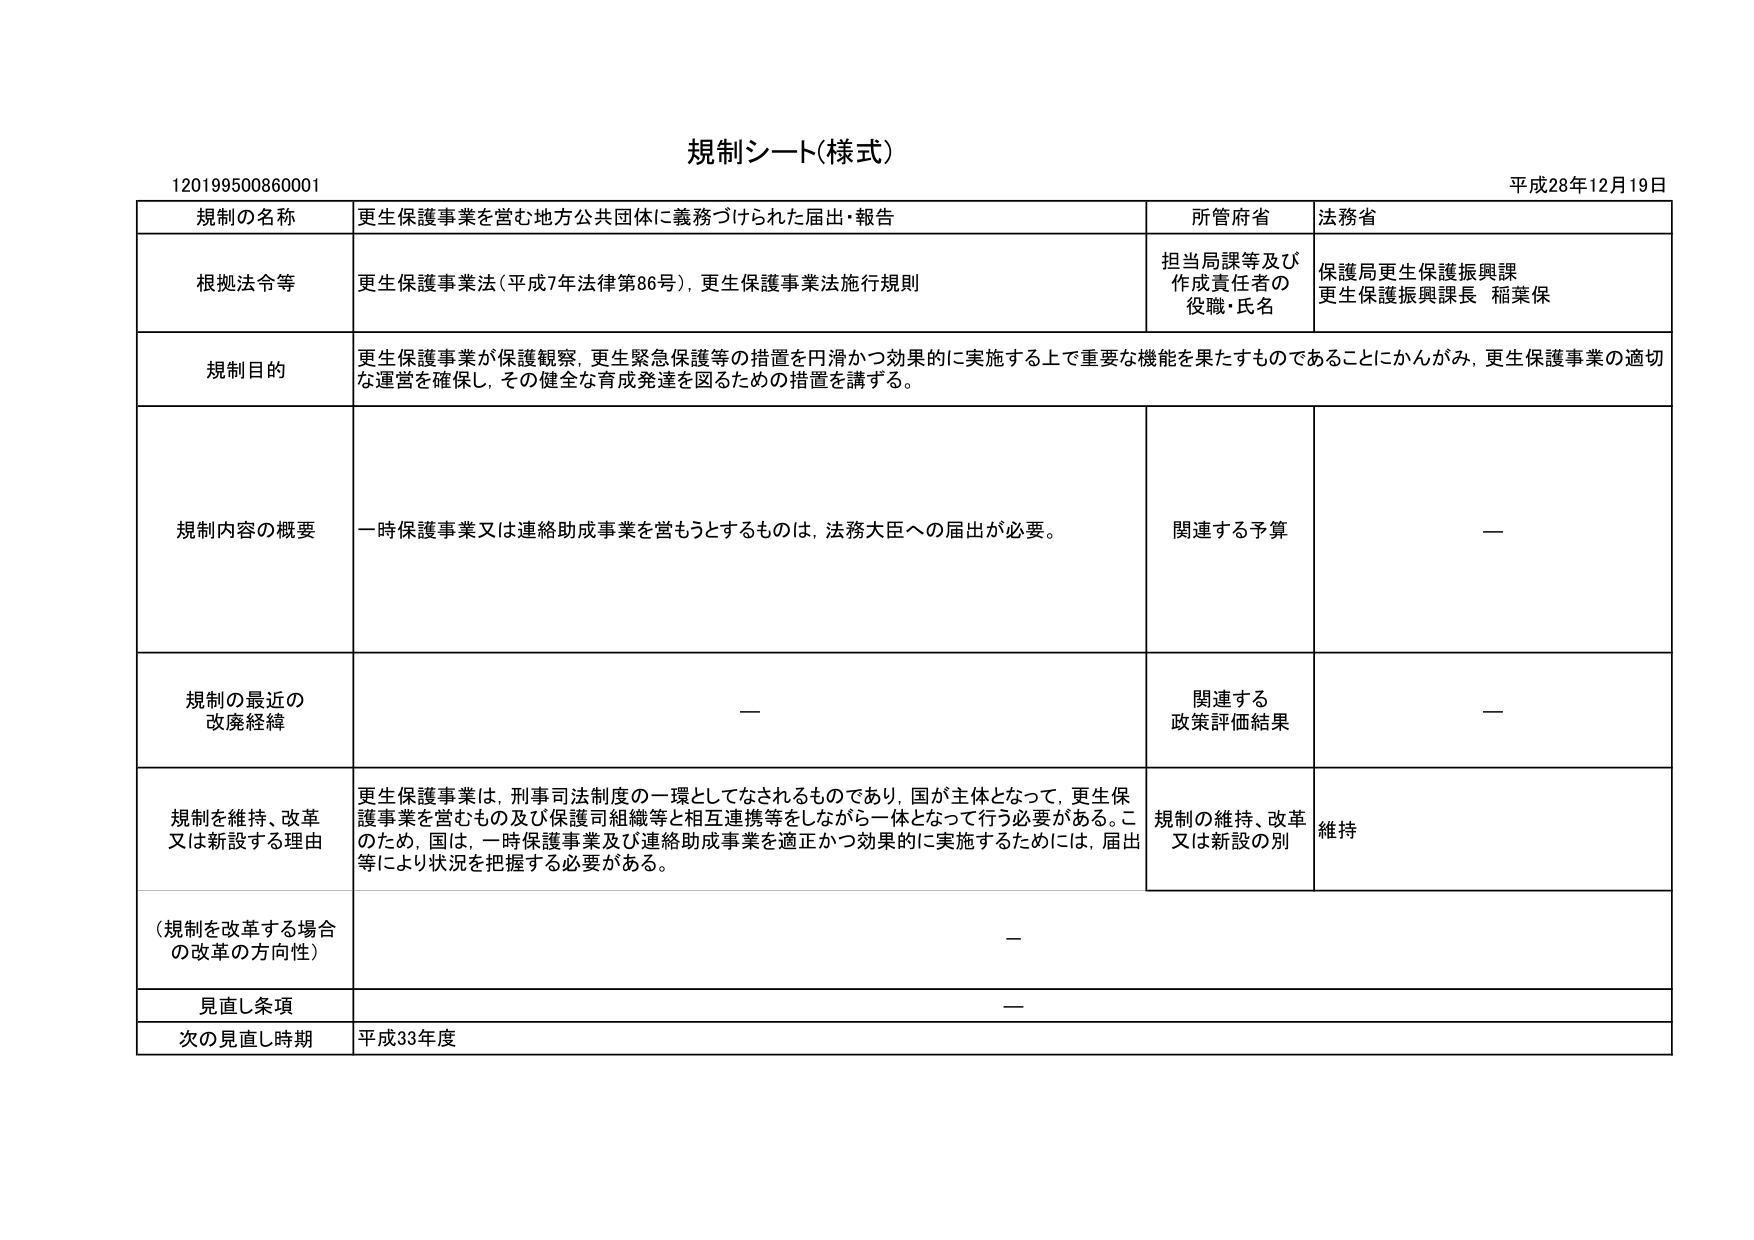
規制シート(様式)
平成28年12月19日
120199500860001

規制の名称　更生保護事業を営む地方公共団体に義務づけられた届出・報告
所管府省　法務省

根拠法令等　更生保護事業法(平成7年法律第86号), 更生保護事業法施行規則
担当局課等及び作成責任者の役職・氏名　保護局更生保護振興課
更生保護振興課長 稲葉保

規制目的　更生保護事業が保護観察, 更生緊急保護等の措置を円滑かつ効果的に実施する上で重要な機能を果たすものであることかんがみ, 更生保護事業の適切な運営を確保し, その健全な育成発達を図るための措置を講ずる。

規制内容の概要　一時保護事業又は連絡助成事業を営もうとするものは, 法務大臣への届出が必要。
関連する予算　—

規制の最近の改廃経緯　—
関連する政策評価結果　—

規制を維持、改革又は新設する理由　更生保護事業は, 刑事司法制度の一環としてなされるものであり, 国が主体となって, 更生保護事業を営むもの及び保護司組織等と相互連携等をしながら一体となって行う必要がある。このため, 国は, 一時保護事業及び連絡助成事業を適正かつ効果的に実施するためには, 届出等により状況を把握する必要がある。
規制の維持、改革又は新設の別　維持

(規制を改革する場合の改革の方向性)　—

見直し条項　—
次の見直し時期　平成33年度